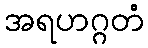
အရဟဂ္ဂတံ